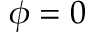
\phi = 0